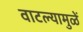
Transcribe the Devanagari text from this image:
वाटल्यामुळें